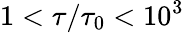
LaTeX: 1<\tau/\tau_{0}<10^{3}